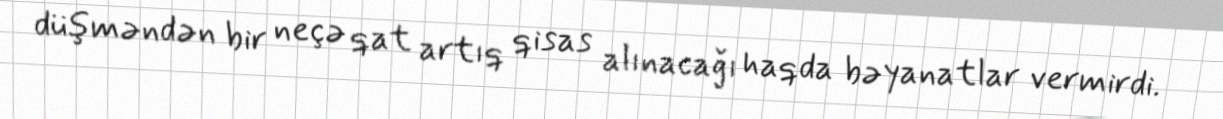
düşməndən bir neçə qat artıq qisas alınacağı haqda bəyanatlar vermirdi.